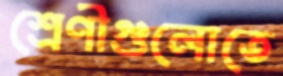
শ্রেণীগুলোতে